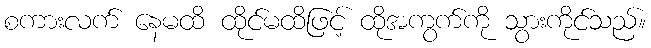
စကားလက် နေမထိ ထိုင်မထိဖြင့် ထိုအကွက်ကို သွားကိုင်သည်။